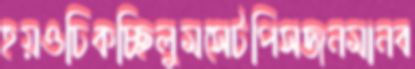
হয়ওঢিকচ্ছিলুমসেটপিসজনমানব